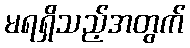
မရရှိသည့်အတွက်